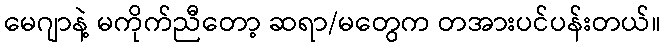
မေဂျာနဲ့ မကိုက်ညီတော့ ဆရာ/မတွေက တအားပင်ပန်းတယ်။